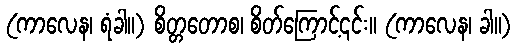
(ကာလေန၊ ရံခါ။) စိတ္တတောစ၊ စိတ်ကြောင့်၎င်း။ (ကာလေန၊ ခါ။)